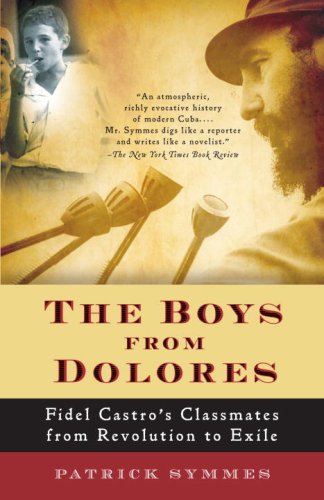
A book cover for The Boys from Dolores: Fidel Castro's Schoolmates from Revolution to Exile (Vintage Departures); Patrick Symmes; Travel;